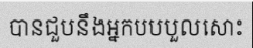
បានជួបនឹងអ្នកបបបួលសោះ